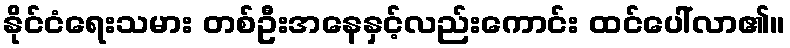
နိုင်ငံရေးသမား တစ်ဦးအနေနှင့်လည်းကောင်း ထင်ပေါ်လာ၏။